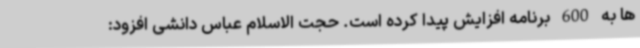
ها به 600 برنامه افزایش پیدا کرده است. حجت الاسلام عباس دانشی افزود: